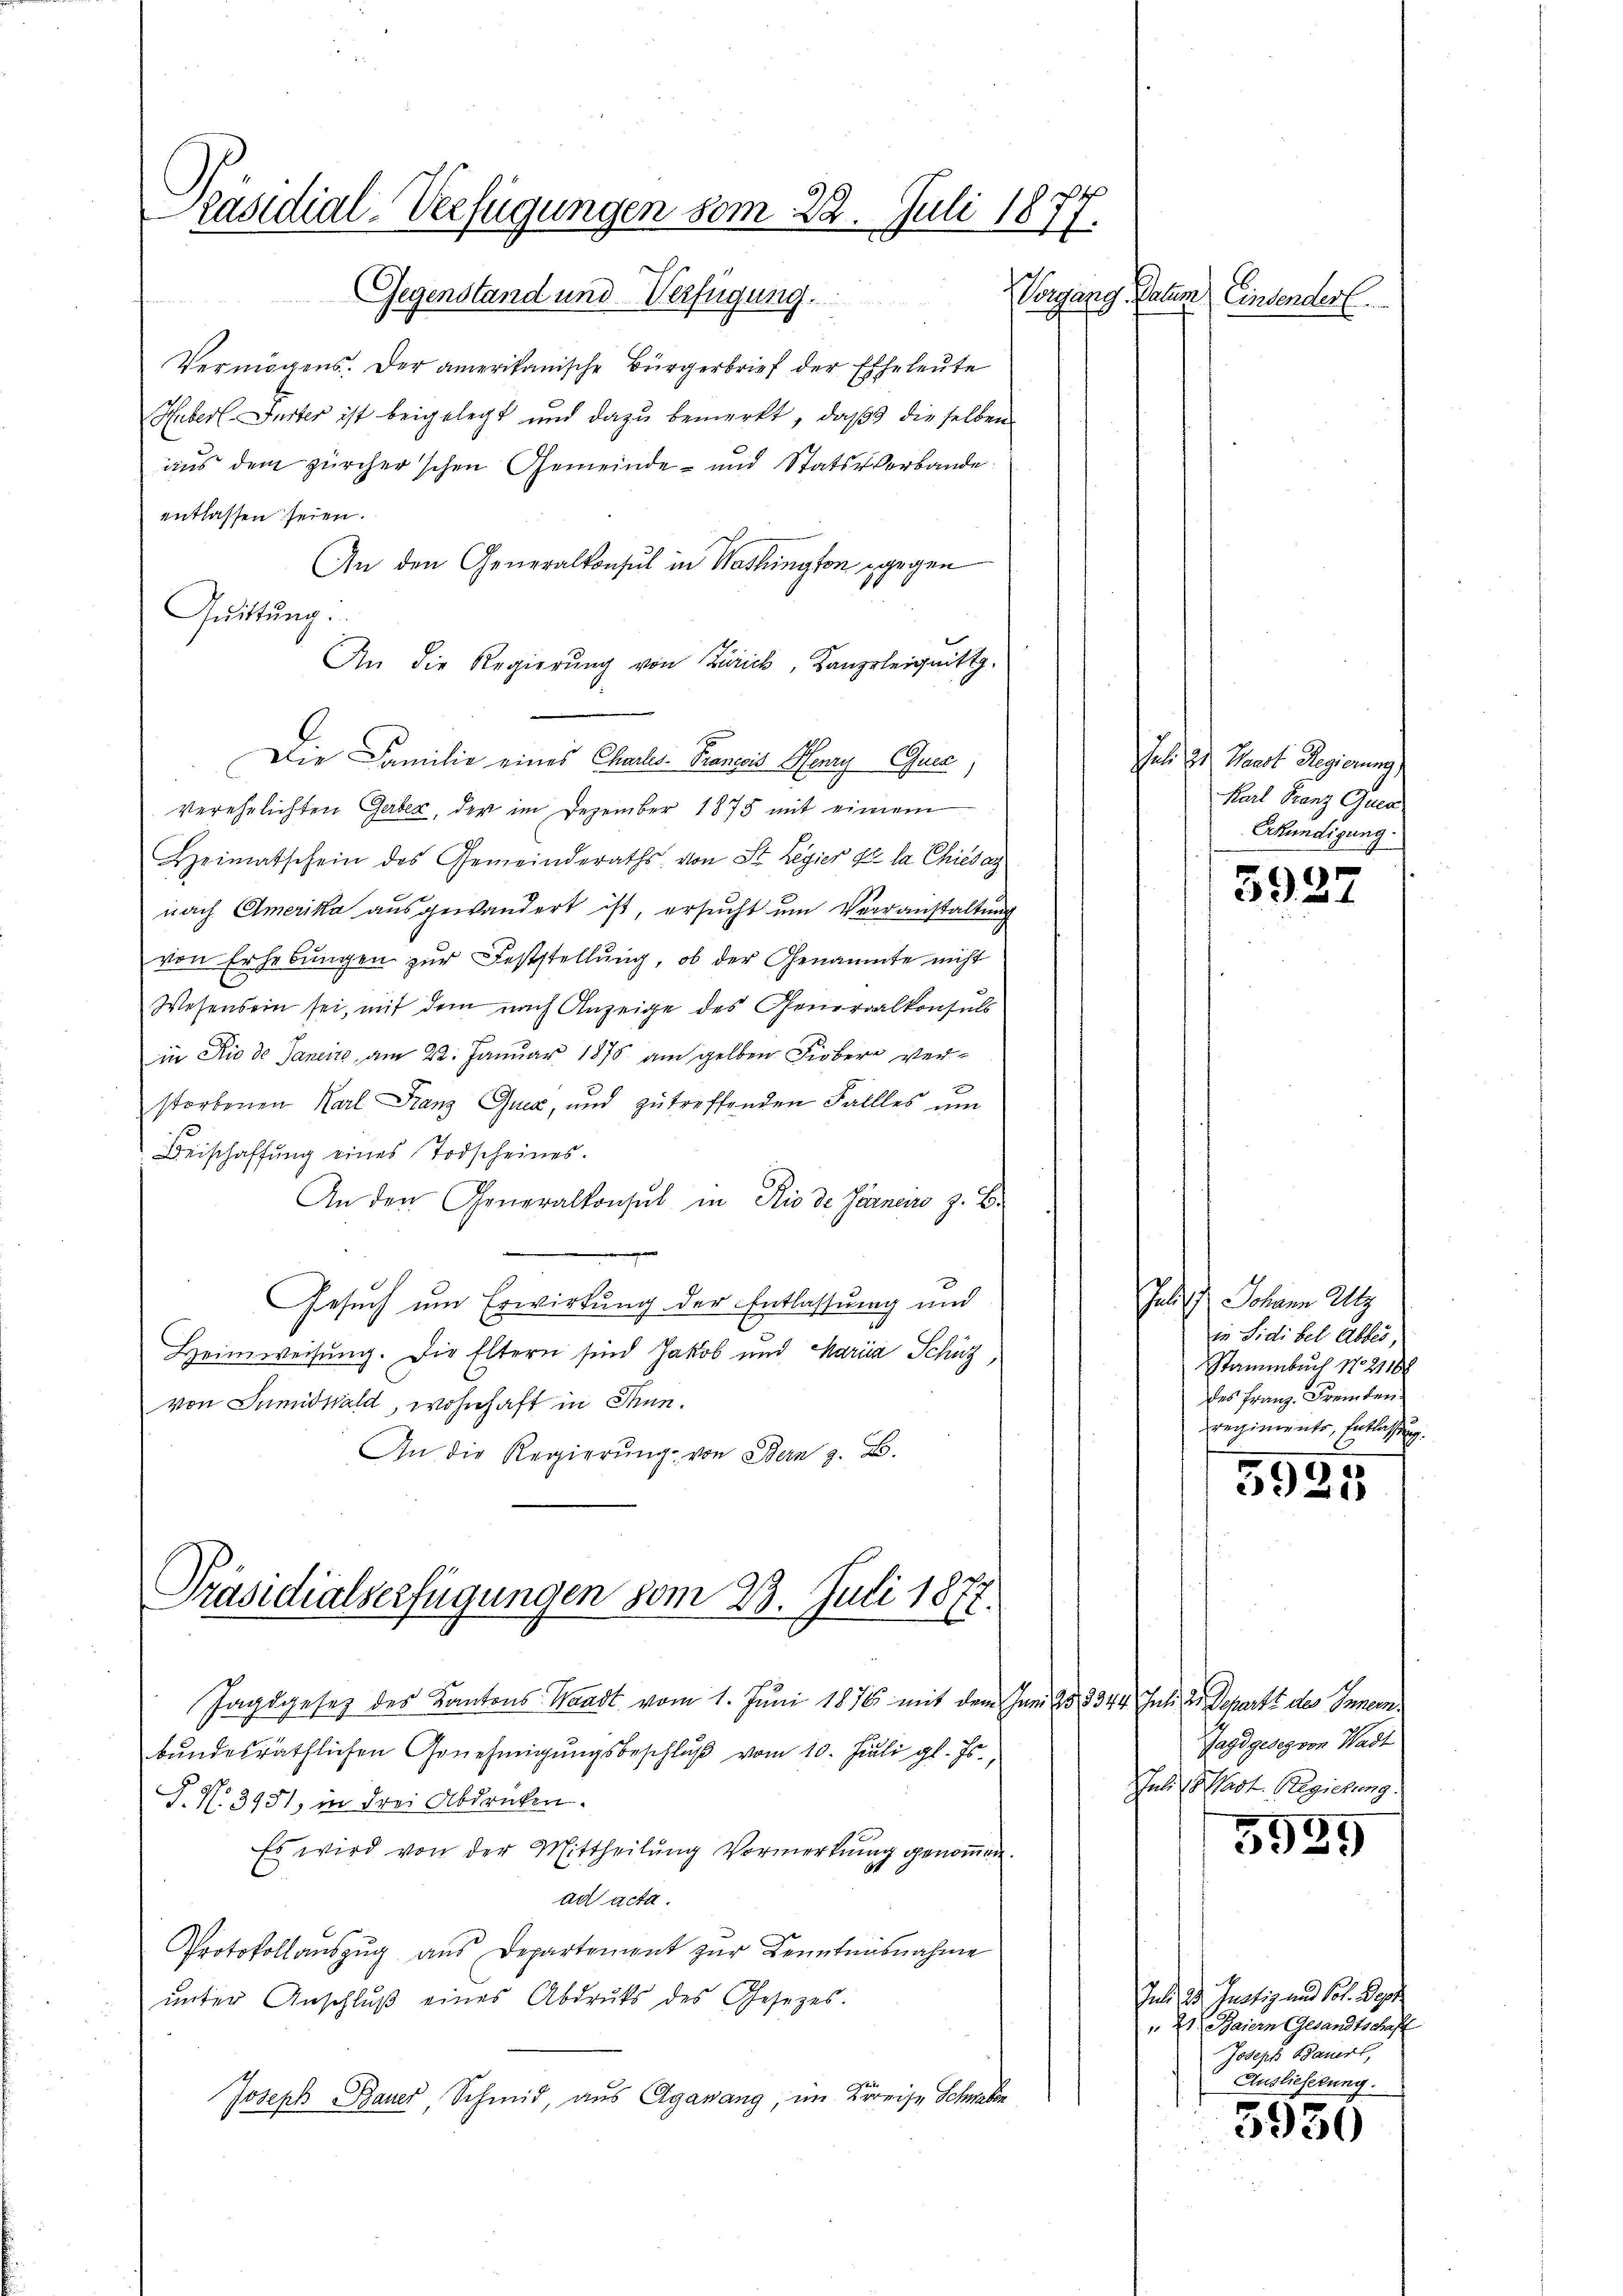
Präsidial-Verfügungen vom 22. Juli 1877.
Gegenstand und Verfügung.

Vermögens. Der amerikanische Bürgerbrief der Eheleute
Huberl Inter ist beigelegt und dazu bemerkt, daß dieselben
aus dem zürcher'schen Gemeinde- und Statsverbande
entlassen seien.
An den Generalkonsul in Washington gegen
Quittung
An die Regierung von Zürich, Kanzleignitt.
Die Familie eines Charls-Trancois Pfarry Gues,
verehelichten Geber, der im Dezember 1875 mit einem
Heimatschein des Gemeinderaths von St. Legier de la Chiesag
nach Amerika ausgewandert ist, ersucht um Verranstaltung
von Erhebungen zur Feststellung, ob der Genannte nicht
Wesensein sei, mit dem nach Anzeige des Generalkonsuls
in Rio de Janeite, am 22. Januar 1875 am gelben Fieber verstorbenen Karl Franz Quer, und zu treffenden Fallles um
Beischaffŭng eines Todscheines.
An den Generalkonsul in Rio de Farneiro z. B.
Gesuch um Erwirkung der Entlassung und
Heimweisung. Die Eltern sind Jakob und Maria Schüz
von Sumidwald, wohnhaft in Inn¬
In die Regierŭng von Bern z. B.
Präsidialserfügungen vom 23. Juli 1877.
Jagdgesetz des Kantons Waadt vom 1. Juni 1876 mit dem Juni 28. 3344 Juli d. Separts des Innern
bŭndesräthlichen Genehmigŭngsbeschlŭβ vom 10. Juli gl. Js.,
P. No 3981, in drei Abdrucken.
Es wird von der Mittheilŭng Vormerkŭung genoṁen.
ad acta.
Protokollaŭszŭg aŭs Departement zŭr Kenntnisnahme
ŭnter Anschlŭβ eines Abdrŭk des Gesetzes:
Joseph Bauer, Schmid, aus Aganang, im Kreise Schweben

Vorgang Datum Einsender.

Juli zu Haust Regierung)
Karl Franz Guca
Erkundigung.

3927

Juli d. Johann Utz
in Fidibel Abbes,
Stammbuch No. 21188
des Franz. Fremderiregiments, Entlassung.
1

5925

Jagdgeseg von Wadt
Juli d. Wast. Regierung.
5929

Und des Instig und Sr. Der
" 21 Baiern Gesandtschaf
Joseph Bauert,
Auslieferung.

5930